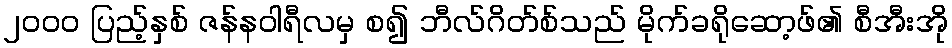
၂၀၀၀ ပြည့်နှစ် ဇန်နဝါရီလမှ စ၍ ဘီလ်ဂိတ်စ်သည် မိုက်ခရိုဆော့ဖ်၏ စီအီးအို